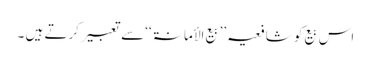
اس بیع کو شافعیہ ’’بیع الأمانۃ ‘‘سے تعبیر کرتے ہیں ۔